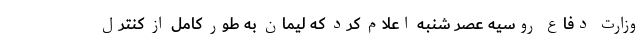
وزارت دفاع روسیه عصر شنبه اعلام کرد که لیمان به طور کامل از کنترل